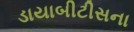
ડાયાબીટીસના